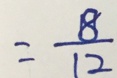
= \frac { 8 } { 1 2 }